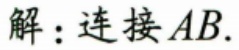
解：连接$AB$.